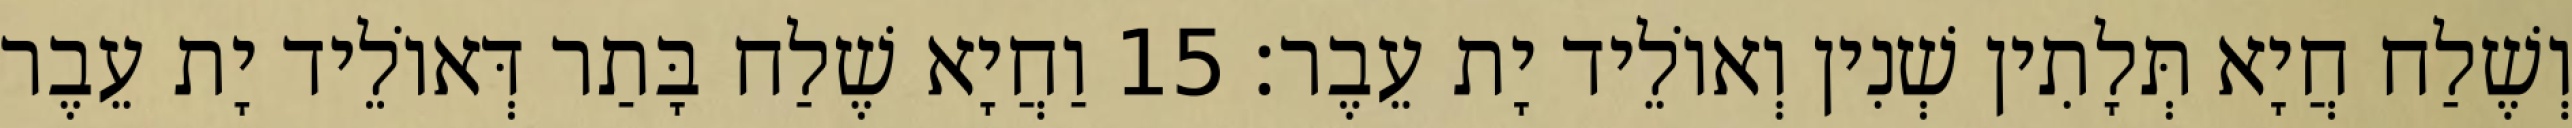
וְשֶׁלַח חֲיָא תְּלָתִין שְׁנִין וְאוֹלֵיד יָת עֵבֶר׃ 15 וַחֲיָא שֶׁלַח בָּתַר דְּאוֹלֵיד יָת עֵבֶר